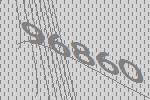
96860